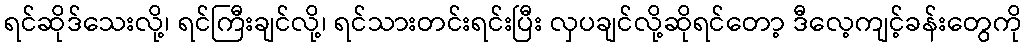
ရင်ဆိုဒ်သေးလို့၊ ရင်ကြီးချင်လို့၊ ရင်သားတင်းရင်းပြီး လှပချင်လို့ဆိုရင်တော့ ဒီလေ့ကျင့်ခန်းတွေကို